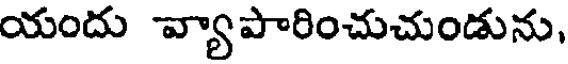
యందు వ్యాపారించుచుండును,